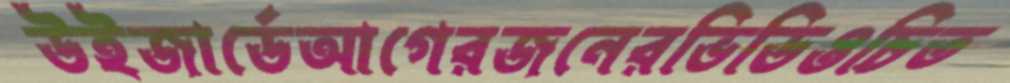
উইজার্ডেআগেরজনেরভিডিওচিত